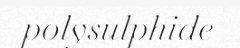
polysulphide